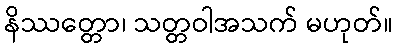
နိဿတ္တော၊ သတ္တဝါအသက် မဟုတ်။